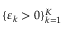
\{ \varepsilon _ { k } > 0 \} _ { k = 1 } ^ { K }